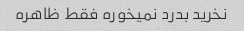
نخرید بدرد نمیخوره فقط ظاهره